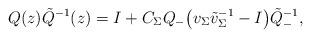
LaTeX: \begin{align*}Q(z)\tilde{Q}^{-1}(z) = I + C_\Sigma Q_- \big(v_\Sigma \tilde{v}_\Sigma^{-1} - I\big) \tilde{Q}_-^{-1},\end{align*}